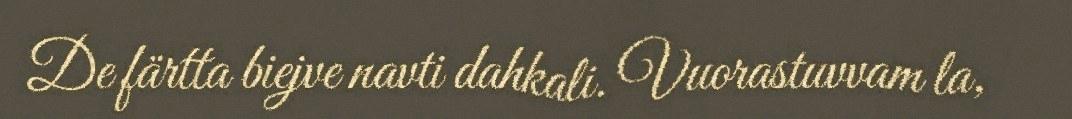
De färtta biejve navti dahkali. Vuorastuvvam la,